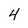
Character: 4